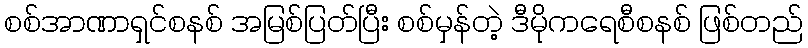
စစ်အာဏာရှင်စနစ် အမြစ်ပြတ်ပြီး စစ်မှန်တဲ့ ဒီမိုကရေစီစနစ် ဖြစ်တည်